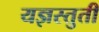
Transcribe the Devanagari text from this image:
यज्ञस्तुती